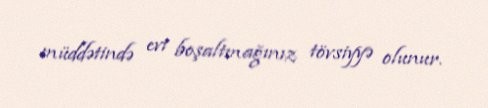
müddətində evi boşaltmağınız tövsiyyə olunur.